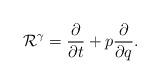
LaTeX: \begin{align*} \mathcal{R}^{\gamma}=\frac{\partial}{\partial t}+p\frac{\partial}{\partial q}.\end{align*}